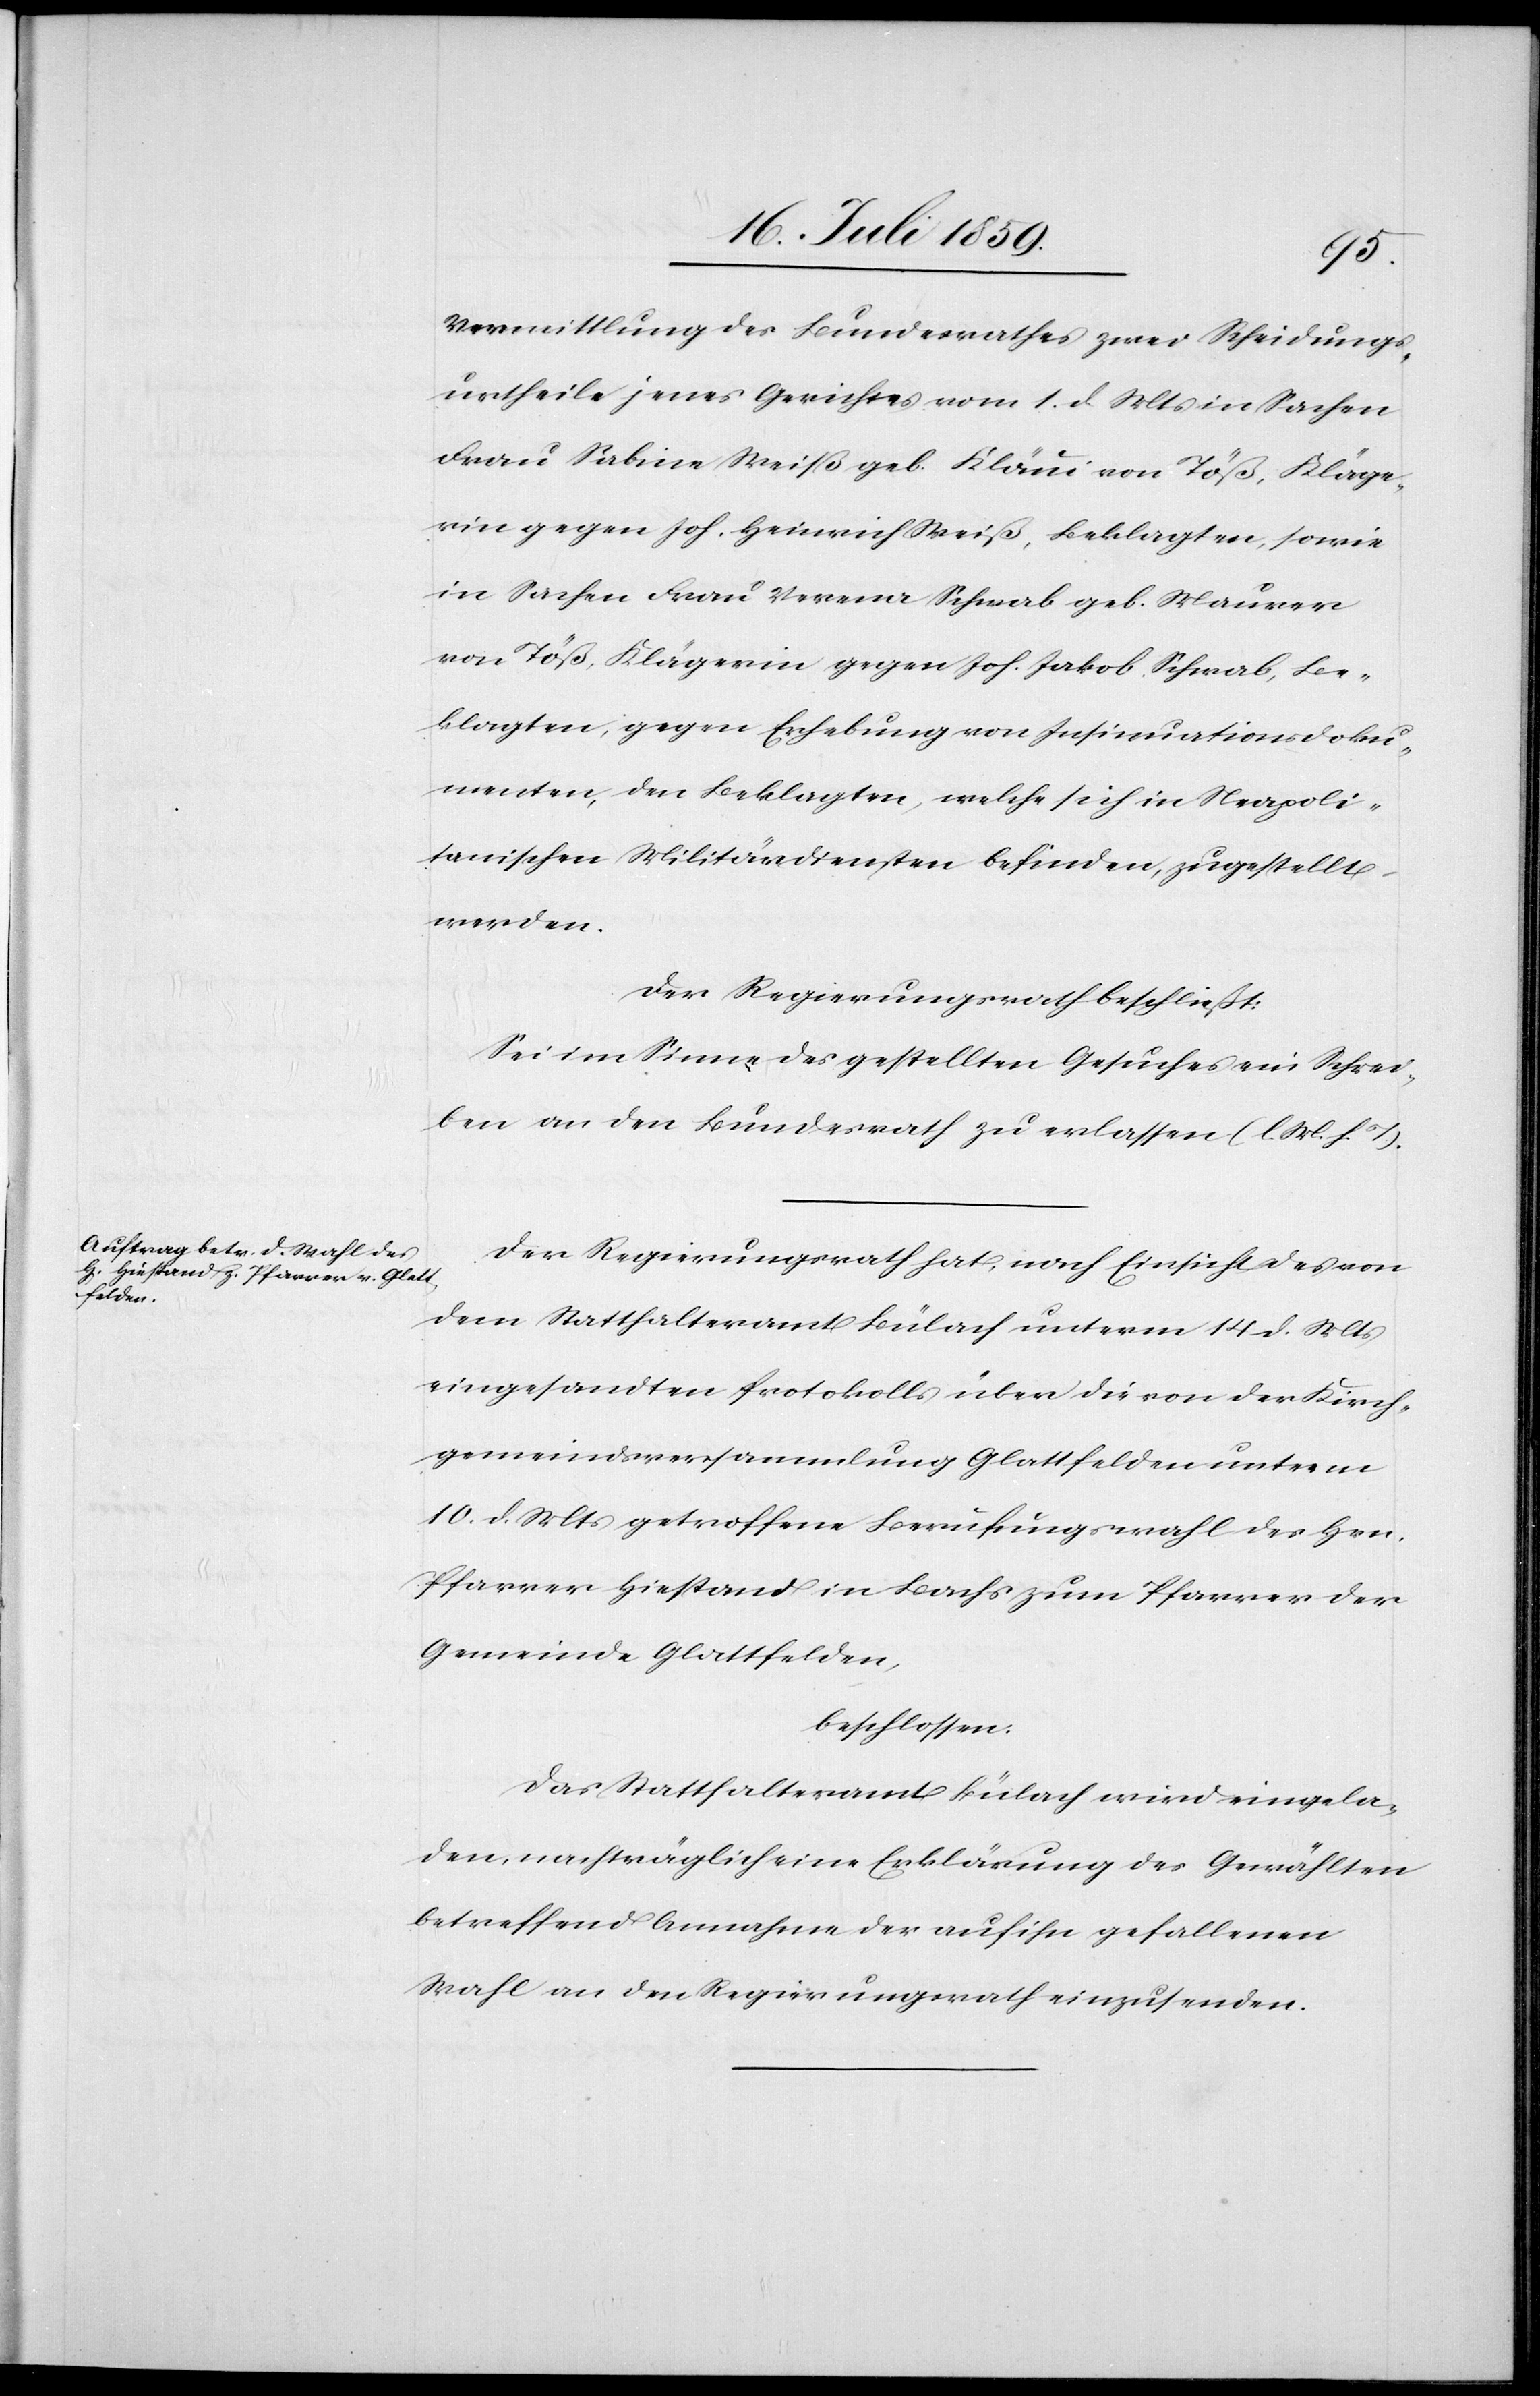
Vermittlung des Bundesrathes zwei Scheidungs¬
urtheile jenes Gerichtes vom 1. d. Mts. in Sachen
Frau Sabine Meiß geb. Kläui von Töß, Kläge¬
rin gegen Joh. Heinrich Meiß, Beklagten, sowie
in Sachen Frau Verena Schwab geb. Maurer
von Töß, Klägerin gegen Joh. Jakob Schwab, Be¬
klagten, gegen Erhebung von Insinuationsdoku¬
menten, den Beklagten, welche sich in Neapoli¬
tanischen Militärdiensten befinden, zugestellt
werden.
Der Regierungsrath beschließt:
Sei im Sinne des gestellten Gesuches ein Schrei¬
ben an den Bundesrath zu erlassen (l. M. h. T.).
Der Regierungsrath hat, nach Einsicht des von
dem Statthalteramt Bülach unterm 14. d. Mts.
eingesandten Protokoll über die von der Kirch¬
gemeindsversammlung Glattfelden unterm
10. d. Mts. getroffene Berufungswahl des Hrn.
Pfarrer Hiestand in Bachs zum Pfarrer der
Gemeinde Glattfelden,
beschlossen:
Das Statthalteramt Bülach wird eingela¬
den, nachträglich eine Erklärung des Gewählten
betreffend Annahme der auf ihn gefallenen
Wahl an den Regierungsrath einzusenden.